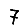
Digit: 7